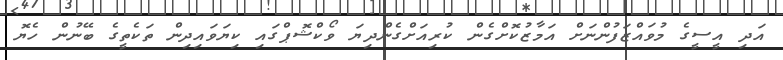
އަދި އީސީގެ މުވައްޒަފުންނަށް އަމާޒުކޮށްގެން ކުރިއަށްގެންދިޔަ ވޯކްޝޮޕްގައި ކިޔަވައިދިން ތަކެތީގެ ބޭނުން ހެޔޮ